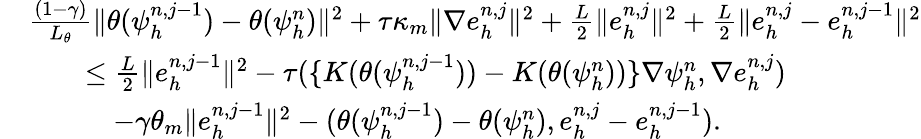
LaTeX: \begin{array}{rl}&{\frac{(1-\gamma)}{L_{\theta}}\| \theta(\psi_{h}^{n,j-1})-\theta(\psi_{h}^{n})\| ^{2}+\tau\kappa_{m}\| \nabla e_{h}^{n,j}\| ^{2}+\frac{L}{2}\| e_{h}^{n,j}\| ^{2}+\frac{L}{2}\| e_{h}^{n,j}-e_{h}^{n,j-1}\| ^{2}}\\ &{\quad\quad\leq\frac{L}{2}\| e_{h}^{n,j-1}\| ^{2}-\tau(\{ K(\theta(\psi_{h}^{n,j-1}))-K(\theta(\psi_{h}^{n}))\} \nabla\psi_{h}^{n},\nabla e_{h}^{n,j})}\\ &{\quad\quad\quad-\gamma\theta_{m}\| e_{h}^{n,j-1}\| ^{2}-(\theta(\psi_{h}^{n,j-1})-\theta(\psi_{h}^{n}),e_{h}^{n,j}-e_{h}^{n,j-1}).}\end{array}